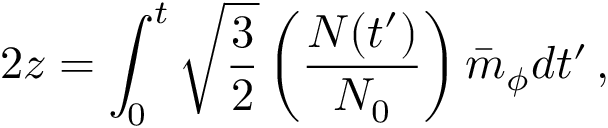
2 z = \int _ { 0 } ^ { t } \sqrt { \frac { 3 } { 2 } } \left( \frac { N ( t ^ { \prime } ) } { N _ { 0 } } \right) \bar { m } _ { \phi } d t ^ { \prime } \, ,